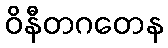
ဝိနီတဂတေန